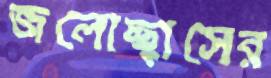
জলোচ্ছ্বাসের